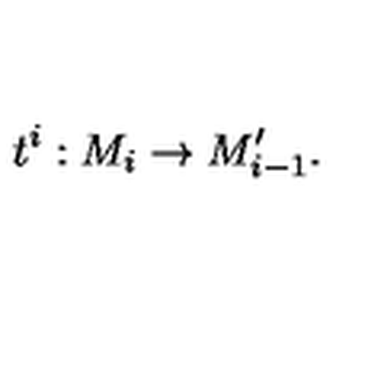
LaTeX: t ^ { i } : M _ { i } \rightarrow M _ { i - 1 } ^ { \prime } .